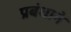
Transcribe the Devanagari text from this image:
प्रबंधाने